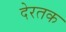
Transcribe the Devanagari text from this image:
देरतक